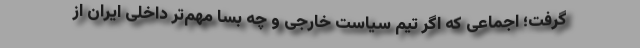
گرفت؛ اجماعی که اگر تیم سیاست خارجی و چه بسا مهم‌تر داخلی ایران از